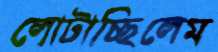
লোটাচ্ছিলেম